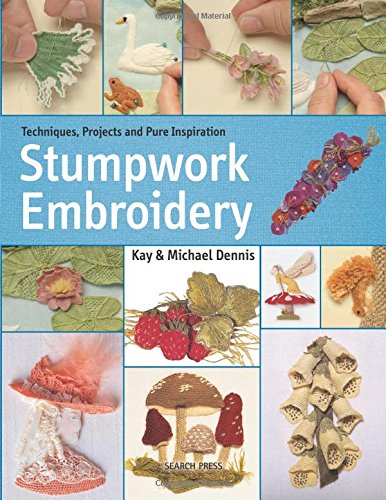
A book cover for Stumpwork Embroidery; Kay and Michael Dennis; Crafts, Hobbies & Home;